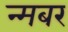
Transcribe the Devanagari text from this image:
न्मबर